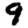
Digit: 9